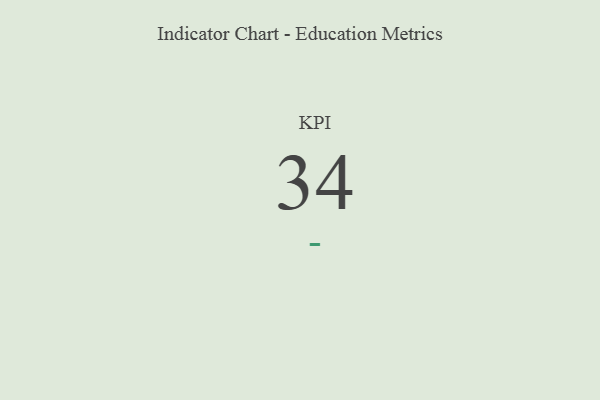
{"axis": {"x": "KPI", "y": "Value"}, "legend": [""], "data": [{"x": "KPI", "y": 34, "type": ""}]}